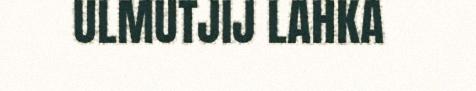
ULMUTJIJ LAHKA